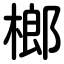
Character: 榔